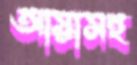
আয়াসহ